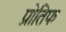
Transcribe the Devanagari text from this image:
प्रोतिफ